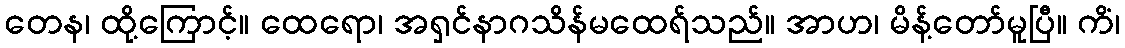
တေန၊ ထို့ကြောင့်။ ထေရော၊ အရှင်နာဂသိန်မထေရ်သည်။ အာဟ၊ မိန့်တော်မူပြီ။ ကိံ၊